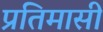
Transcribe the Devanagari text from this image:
प्रतिमासी